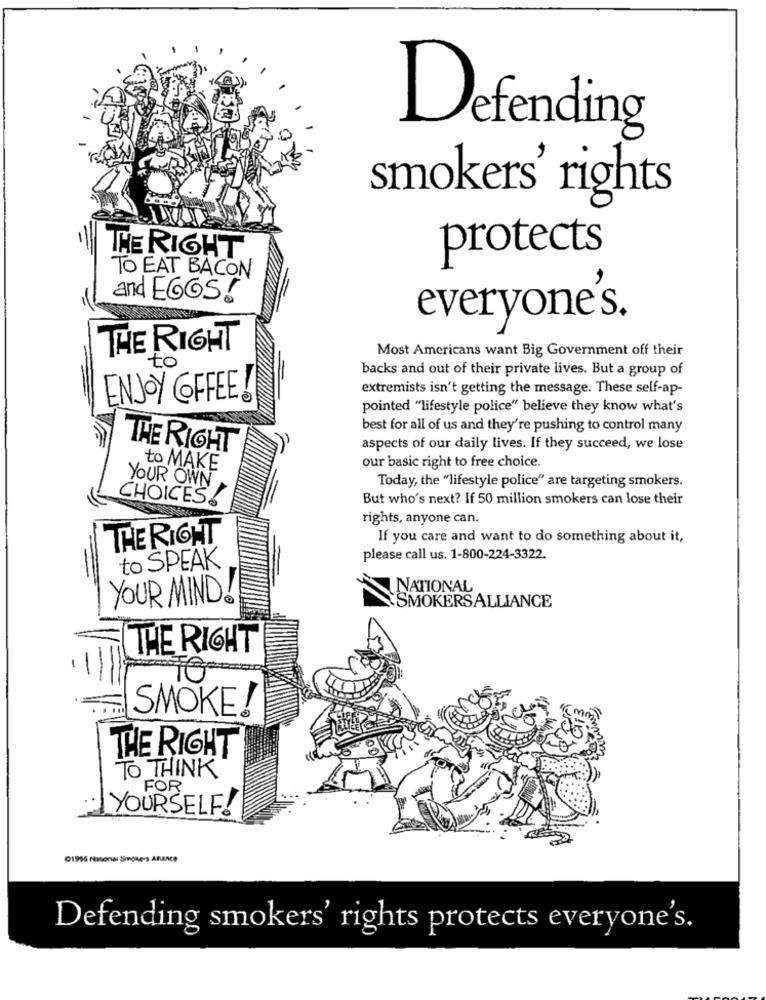
Defending
smokers' rights
THE RIGHT
protects
TO EAT BACON
and EGGS!
everyone's.
THE RIGHT
Most Americans want Big Government off their
to
backs and out of their private lives. But a group of
extremists isn't getting the message. These self-ap-
ENJOY COFFEE!
pointed "lifestyle police" believe they know what's
best for all of us and they're pushing to control many
THE RIGHT
aspects of our daily lives. If they succeed, we lose
our basic right to free choice.
to MAKE
Today, the "lifestyle police" are targeting smokers.
YOUR OWN
CHOICES!
But who's next? If 50 million smokers can lose their
rights, anyone can.
THE RIGHT
If you care and want to do something about it,
please call us. 1-800-224-3322.
to SPEAK
NATIONAL
YOUR MIND!
SMOKERSALLIANCE
THE RIGHT
TC
SMOKE!
THE RIGHT
TO THINK
FOR
YOURSELF!
01996 fiatonas Simghers ARME
Defending smokers' rights protects everyone's.